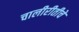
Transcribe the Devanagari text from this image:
चालीरीतीचे